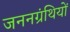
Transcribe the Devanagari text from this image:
जननग्रंथियों